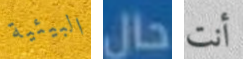
البيئية حال أنت